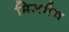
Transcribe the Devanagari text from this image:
मिलमैन